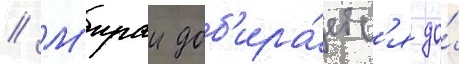
// М'ираи доб'ира́етс'я до́